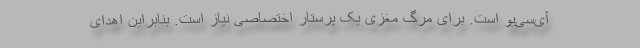
آی‌سی‌یو است. برای مرگ مغزی یک پرستار اختصاصی نیاز است. بنابراین اهدای